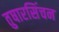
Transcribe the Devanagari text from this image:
तुषारसिंचन